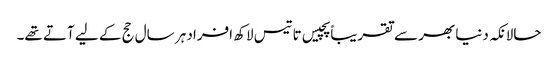
حالانکہ دنیا بھر سے تقریباً پچیس تا تیس لاکھ افراد ہر سال حج کے لیے آتے تھے۔